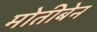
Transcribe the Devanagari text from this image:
मोतीबेन